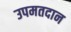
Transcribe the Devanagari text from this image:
उपमतदान